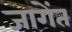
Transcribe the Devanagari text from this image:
जागेंत